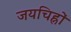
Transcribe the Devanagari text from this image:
जयचिह्नों